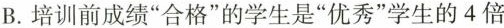
B.培训前成绩”合格”的学生是”优秀”学生的4倍